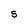
Character: S